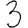
Digit: 3